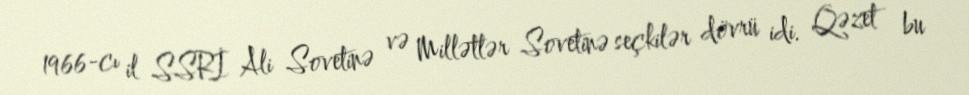
1966-cı il SSRİ Ali Sovetinə və Millətlər Sovetinə seçkilər dövrü idi. Qəzet bu